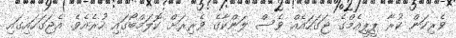
ވެރިކަން ކުރާ ޕީޕީއެމްގެ ޖަގަހައެއް ވެސް ލަންކާގެ ވެރިރަށް ކޮލަމްބޯގައި ހުރެއެވެ. އެޖަގަހައިގައި